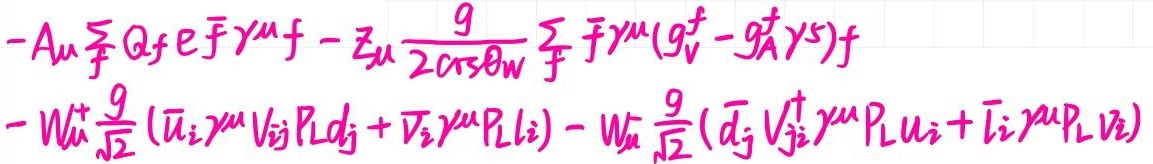
\[
M\frac{\pi}{6}\left(\frac{p}{V}\int_{x_1}^{x_2} f(x)dx+\int_{x_1}^{x_2} f(x)dx\frac{1}{V}\right) - M\frac{\pi}{6}\left(\frac{n}{V}\int_{x_1}^{x_2} f(x)dx+\int_{x_1}^{x_2} f(x)dx\frac{1}{V}\right) - V\sum_{i = 1}^{n}\frac{2019}{6}x_i^2 - V\sum_{i = 1}^{n}a_i x_i - f\left(\int_{x_1}^{x_2}dx - \int_{x_1}^{x_2}dx\right)
\]